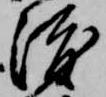
渡